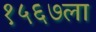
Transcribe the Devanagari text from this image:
१५६७ला